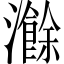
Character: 𬉣